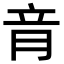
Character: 𦚏